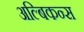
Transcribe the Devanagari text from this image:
अल्बिकन्स